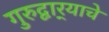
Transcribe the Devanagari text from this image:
गुरुद्वार्‍याचे